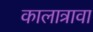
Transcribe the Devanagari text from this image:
कालात्रावा